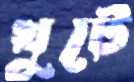
খুটে